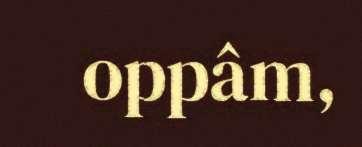
oppâm,